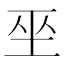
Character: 𭘆